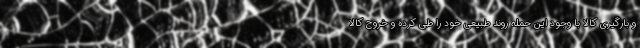
و بارگیری کالا با وجود این حمله روند طبیعی خود را طی کرده و خروج کالا